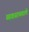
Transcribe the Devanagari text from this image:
व्यवसायवाले